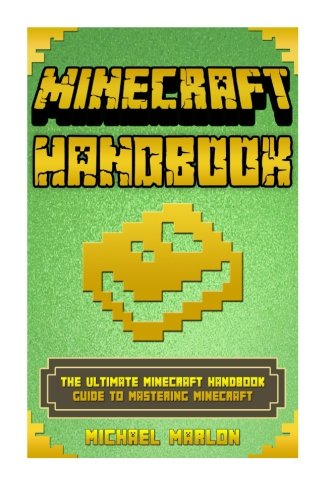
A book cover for Minecraft Handbook: Minecraft Handbook:  The Ultimate Minecraft Handbook Guide to Mastering Minecraft (Unofficial Minecraft Handbook) (minecraft handbook, minecraft pocket edition, minecraft mods); Michael Marlon; Humor & Entertainment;